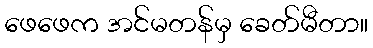
ဖေဖေက အင်မတန်မှ ခေတ်မီတာ။